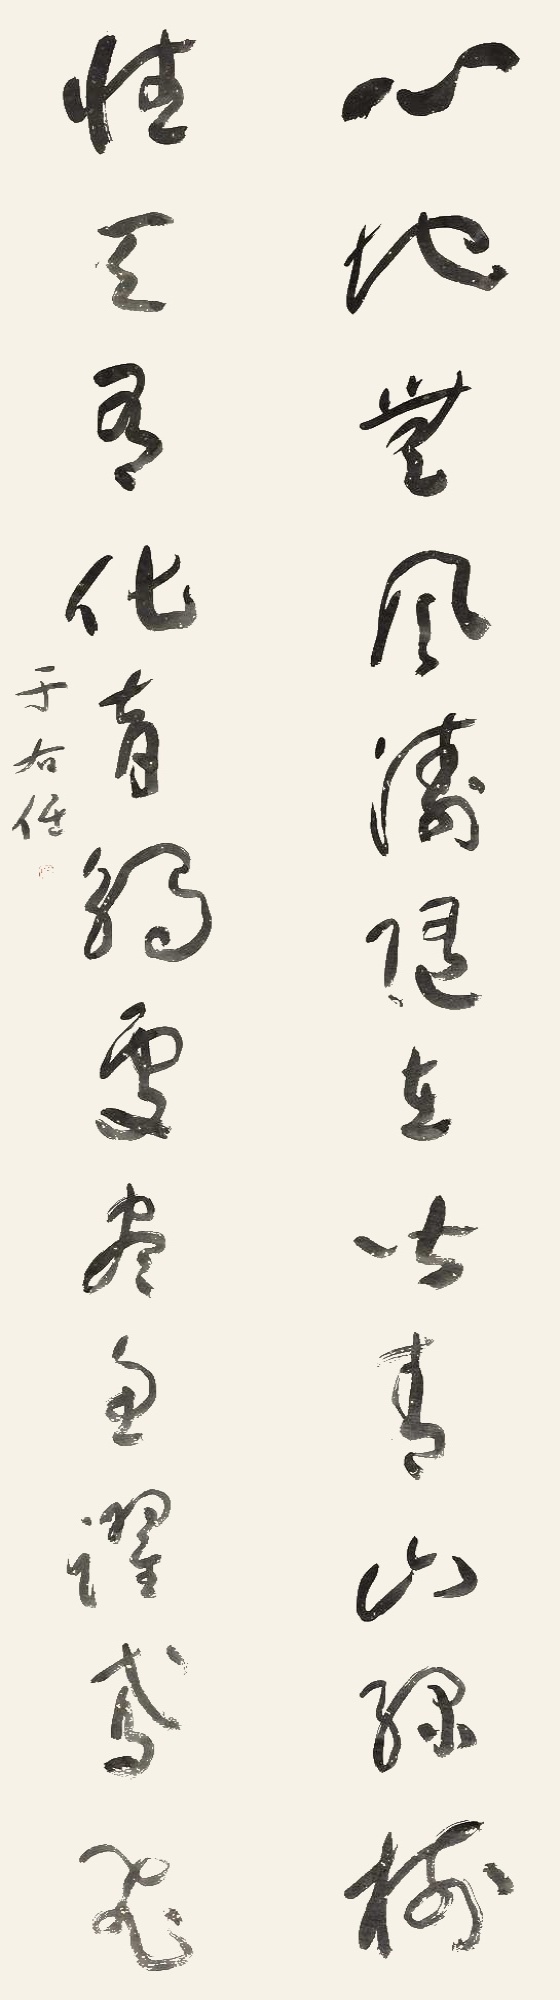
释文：心地无风涛，随在皆青山绿树；性天有化育，触处都鱼跃鸢飞。于右任。